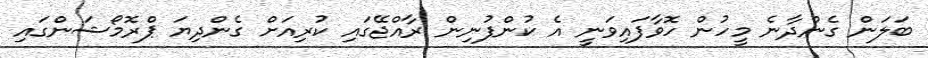
ބަލަން ގެންދާނެ މީހުން ހޮވާފައިވަނީ އެ ކުންފުނިން ރާއްޖޭގައި ކުރިއަށް ގެންދިޔަ ޕްރޮމޯޝަންގައި